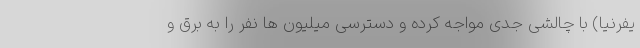
یفرنیا) با چالشی جدی مواجه کرده و دسترسی میلیون ها نفر را به برق و